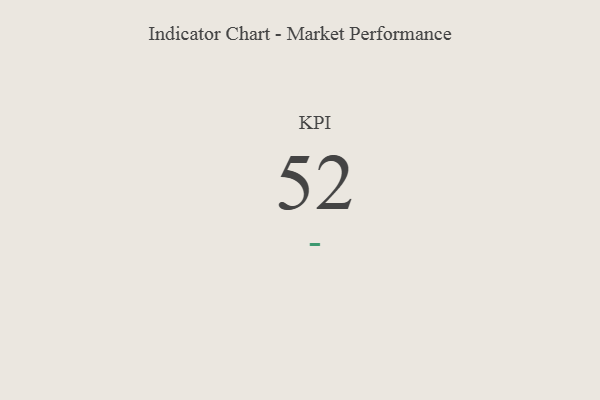
{"axis": {"x": "KPI", "y": "Value"}, "legend": [""], "data": [{"x": "KPI", "y": 52, "type": ""}]}